Elephants and their diseases
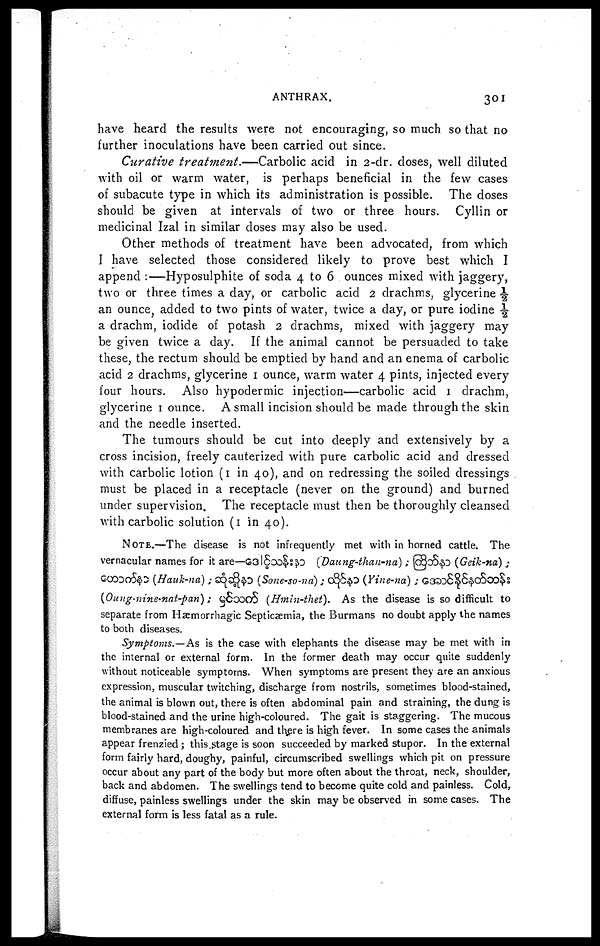
ANTHRAX.
301
have heard the results were not encouraging, so much so that no
further inoculations have been carried out since.
Curative treatment.—Carbolic
acid in 2-dr. doses, well diluted
with oil or warm water, is perhaps beneficial in the few cases
of subacute type in which its administration is possible. The doses
should be given at intervals of two or three hours. Cyllin or
medicinal Izal in similar doses may also be used.
Other methods of treatment have been advocated, from which
I have selected those considered likely to prove best which I
append :—Hyposulphite of soda 4 to 6 ounces mixed with jaggery,
two or three times a day, or carbolic acid 2 drachms, glycerine ½
an ounce, added to two pints of water, twice a clay, or pure iodine ½
a drachm, iodide of potash 2 drachms, mixed with jaggery may
be given twice a day. If the animal cannot be persuaded to take
these, the rectum should be emptied by hand and an enema of carbolic
acid 2 drachms, glycerine 1 ounce, warm water 4 pints, injected every
four hours. Also hypodermic injection—carbolic acid 1 drachm,
glycerine 1 ounce. A small incision should be made through the skin
and the needle inserted.
The tumours should be cut into deeply and extensively by a
cross incision, freely cauterized with pure carbolic acid and dressed
with carbolic lotion (1 in 40), and on redressing the soiled dressings
must be placed in a receptacle (never on the ground) and burned
under supervision. The receptacle must then be thoroughly cleansed
with carbolic solution (1 in 40).
NOTE.—The disease is not infrequently met with in horned cattle. The
vernacular names for it are—
(Daung-than-na) ; (
(Geik-na) ;
(Hauk-na)
;
(Sone-so-na)
;
(Vine-na) ;
(Oung-nine-nat-pan);
(Hmin-thet).
As the disease is so difficult to
separate from Hæmorrhagic Septicaemia, the Burmans no doubt apply the names
to both diseases.
Symptoms.—As is the case with elephants the disease may be met with in
the internal or external form. In the former death may occur quite suddenly
without noticeable symptoms. When symptoms are present they are an anxious
expression, muscular twitching, discharge from nostrils, sometimes blood-stained,
the animal is blown out, there is often abdominal pain and straining, the dung is
blood-stained and the urine high-coloured. The gait is staggering. The mucous
membranes are high-coloured and there is high fever. In some cases the animals
appear frenzied ; this stage is soon succeeded by marked stupor. In the external
form fairly hard, doughy, painful, circumscribed swellings which pit on pressure
occur about any part of the body but more often about the throat, neck, shoulder,
back and abdomen. The swellings tend to become quite cold and painless. Cold,
diffuse, painless swellings under the skin may be observed in some cases. The
external form is less fatal as a rule.